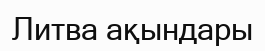
Литва ақындары